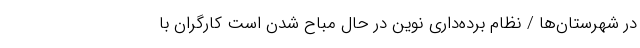
در شهرستان‌ها / نظام برده‌داری نوین در حال مباح شدن است کارگران با